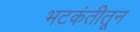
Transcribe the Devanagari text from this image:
भटकंतीतून